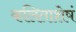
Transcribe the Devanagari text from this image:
कलिताशेषं